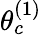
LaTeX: \theta_{c}^{(1)}